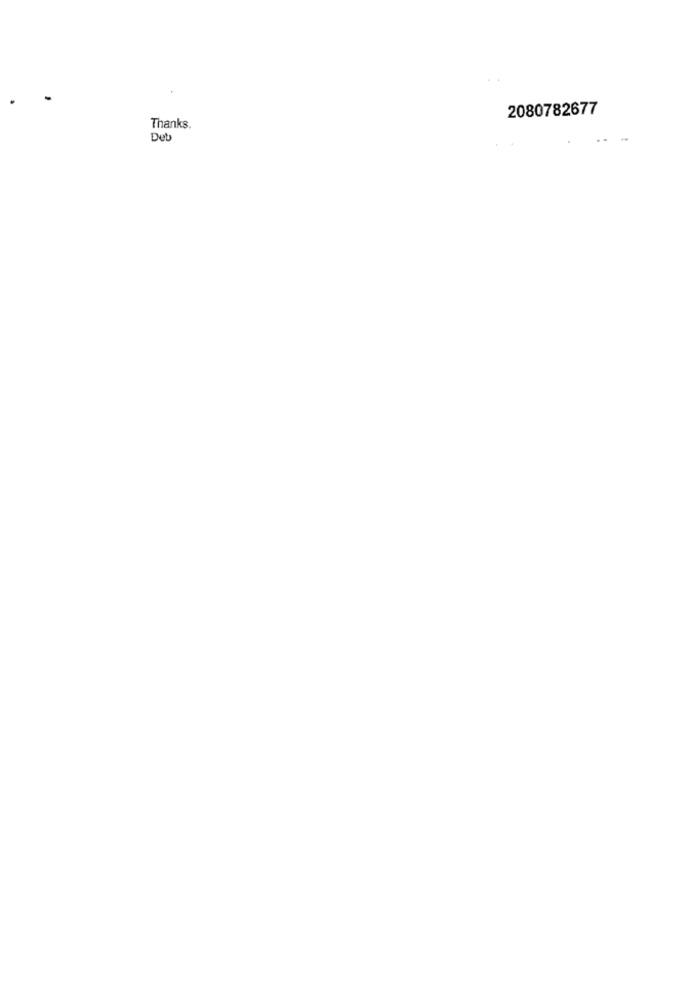
2080782677
Thanks.
Deb